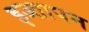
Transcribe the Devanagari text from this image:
इज्तापन